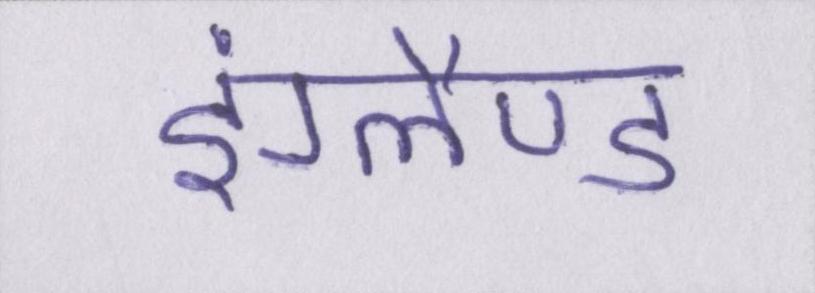
इंग्लैण्ड